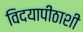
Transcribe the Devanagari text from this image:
विदयापीठाशी